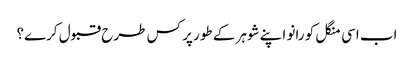
اب اسی منگل کو رانو اپنے شوہر کے طور پر کس طرح قبول کرے؟